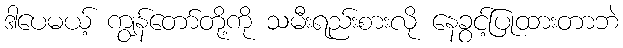
ဒါပေမယ့် ကျွန်တော်တို့ကို သမီးရည်းစားလို နေခွင့်ပြုထားတာဘဲ